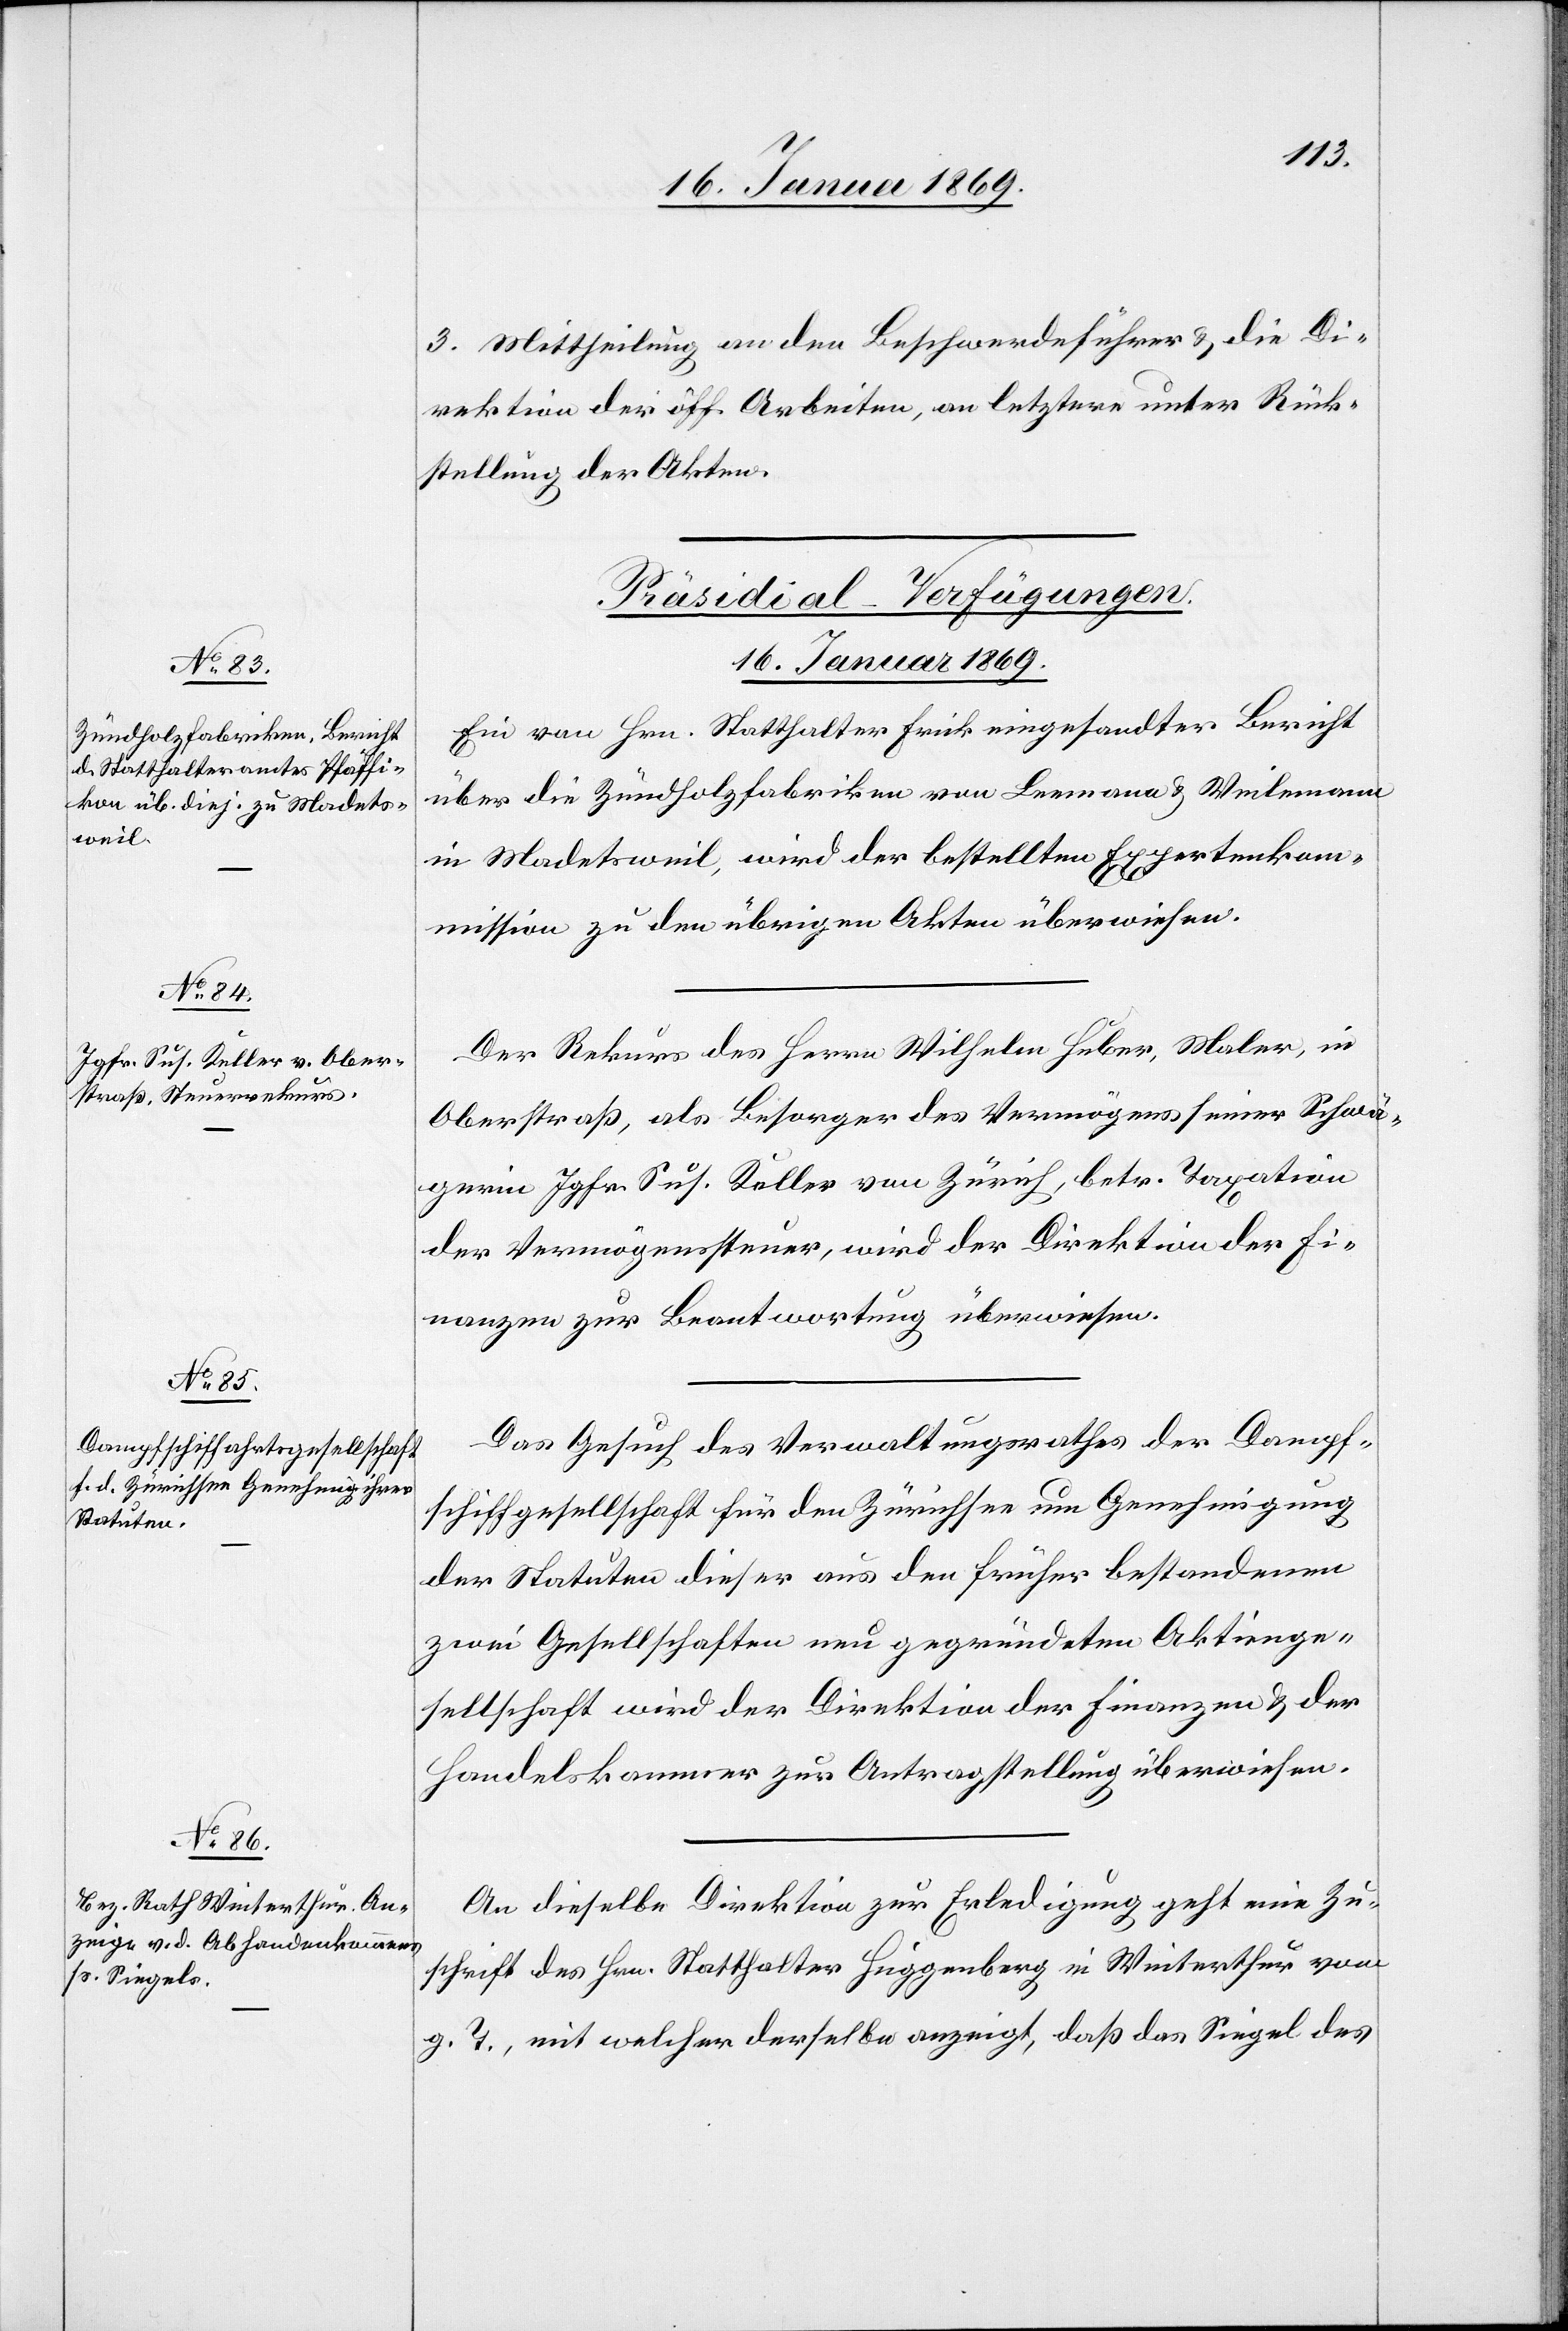
3. Mittheilung an den Beschwerdeführer u. die Di¬
rektion der öff. Arbeiten, an letztere unter Rück¬
stellung der Akten.
[Präsidial-Verfügungen.
16. Januar 1869.]
Ein von Hrn. Statthalter Frick eingesandter Bericht
über die Zündholzfabriken von Leemann u. Weilemann
in Madetsweil, wird der bestellten Expertenkom¬
mission zu den übrigen Akten überwiesen.
Der Rekurs des Herrn Wilhelm Huber, Maler, in
Oberstraß, als Besorger des Vermögens seiner Schwä¬
gerin Jgfr. Sus. Keller von Zürich, betr. Taxation
der Vermögenssteuer, wird der Direktion der Fi¬
nanzen zur Beantwortung überwiesen.
Das Gesuch des Verwaltungsrathes der Dampf¬
schiffahrtsgesellschaft für den Zürichsee um Genehmigung
der Statuten dieser aus den früher bestandenen
zwei Gesellschaften neu gegründeten Aktienge¬
sellschaft wird der Direktion der Finanzen u. der
Handelskammer zur Antragstellung überwiesen.
An dieselbe Direktion zur Erledigung geht eine Zu¬
schrift des Hrn. Statthalter Huggenberg in Winterthur vom
g. T., mit welcher derselbe anzeigt, daß das Siegel des